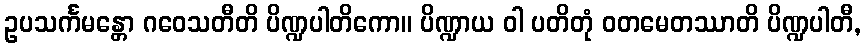
ဥပသင်္ကမန္တော ဂဝေသတီတိ ပိဏ္ဍပါတိကော။ ပိဏ္ဍာယ ဝါ ပတိတုံ ဝတမေတဿာတိ ပိဏ္ဍပါတီ,